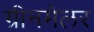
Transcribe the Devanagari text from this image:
ग्रीनमेलर